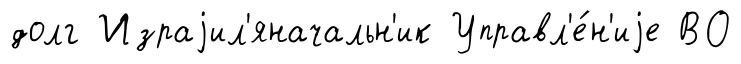
долг Израjил'яначальн'ик Управл'е́н'иjе ВО